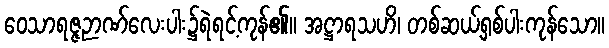
ဝေသာရဇ္ဇဉာဏ်လေးပါး၌ရဲရင့်ကုန်၏။ အဋ္ဌာရသဟိ၊ တစ်ဆယ့်ရှစ်ပါးကုန်သော။